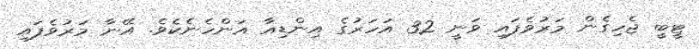
ޓީބީ ޖެހިގެން މަރުވެފައި ވަނީ 32 އަހަރުގެ އިންޑިއާ އަންހެނެކެވެ. އޭނާ މަރުވެފައި